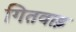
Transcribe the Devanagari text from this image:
गितवाड़